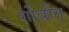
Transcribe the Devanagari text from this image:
गोवोन